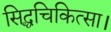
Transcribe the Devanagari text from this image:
सिद्धचिकित्सा।